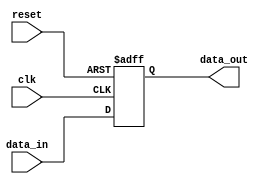
module parameterized_register #(
    parameter WIDTH = 8  // Default width of the register
)(
    input wire clk,              // Clock signal
    input wire reset,            // Asynchronous reset signal
    input wire [WIDTH-1:0] data_in,  // Input data
    output reg [WIDTH-1:0] data_out  // Output data
);

    // Initial state of the register
    initial begin
        data_out = {WIDTH{1'b0}};  // Initialize to zero
    end

    // Always block triggered on the clock edge and reset
    always @(posedge clk or posedge reset) begin
        if (reset) begin
            data_out <= {WIDTH{1'b0}};  // Reset to zero
        end else begin
            data_out <= data_in;        // Latch input data
        end
    end

endmodule